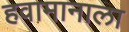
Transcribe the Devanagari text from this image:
हवामानाला